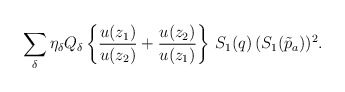
\begin{align*}\sum_\delta \eta_\delta Q_\delta\left\{ {u(z_1) \over u(z_2)} +{u(z_2)\over u(z_1)} \right\} \, S_1(q) \, (S_1(\tilde p_a))^2 .\end{align*}